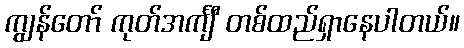
ကျွန်တော် ကုတ်အင်္ကျီ တစ်ထည်ရှာနေပါတယ်။